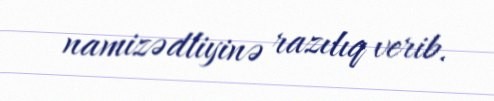
namizədliyinə razılıq verib.